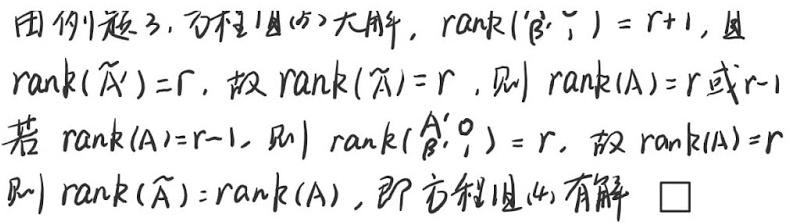
由例题3，方程组(5)无解，$\mathrm{rank}(\begin{pmatrix}\widetilde{A}&\widetilde{b}\end{pmatrix}) = r + 1$，因$\mathrm{rank}(\widetilde{A}') = r$，故$\mathrm{rank}(\widetilde{A}) = r$，则$\mathrm{rank}(A)=r$或$r - 1$。若$\mathrm{rank}(A)=r - 1$，则$\mathrm{rank}(\begin{pmatrix}A'&0\\B'&I\end{pmatrix}) = r$，故$\mathrm{rank}(A)=r$。则$\mathrm{rank}(\widetilde{A})=\mathrm{rank}(A)$，即方程组(4)有解。$\square$